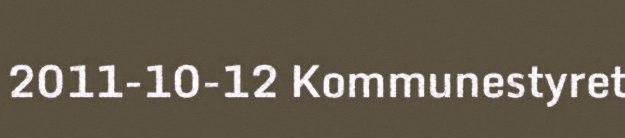
2011-10-12 Kommunestyret